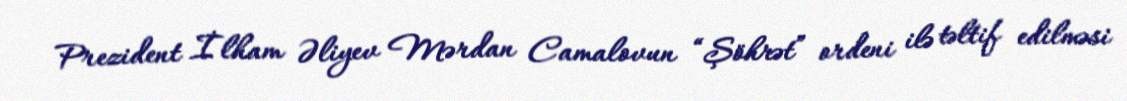
Prezident İlham Əliyev Mərdan Camalovun “Şöhrət” ordeni ilə təltif edilməsi